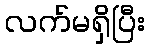
လက်မရှိပြီး